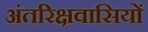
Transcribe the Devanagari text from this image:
अंतरिक्षवासियों